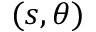
( s , \theta )